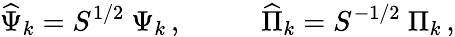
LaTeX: \widehat\Psi_{k}={S}^{1/2}\ \Psi_{k}\, ,~~~~~~~~~~~\widehat\Pi_{k}={S}^{-1/2}\ \Pi_{k}\, ,